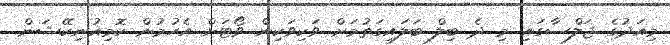
މިއަދުގެ ޖަލްސާގައި މި ދެ ބިލް ބަލައިގަތުމަށް ވަކިވަކިން ވޯޓަށް އެހުމުން ކޮމިއުނިކޭޝަން